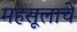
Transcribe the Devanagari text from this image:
महसूलाचे